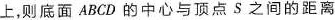
上，则底面A B C D的中心与顶点S之间的距离